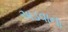
અડવાના